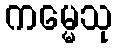
ကမ္မေသု